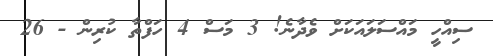
ސިއްހީ މައްސަލައަކަށް ވެދާނެ! 3 މަސް 4 ހަފްތާ ކުރިން - 26